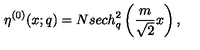
\eta ^ { ( 0 ) } ( x ; q ) = N s e c h _ { q } ^ { 2 } \left( \frac { m } { \sqrt 2 } x \right) ,